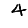
Digit: 4